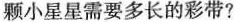
颗小星星需要多长的彩带?